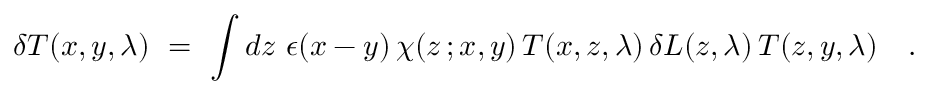
\delta T ( x , y , \lambda ) ~ = ~ \int d z ~ \epsilon ( x - y ) \, \chi ( z \, ; x , y ) \, T ( x , z , \lambda ) \, \delta L ( z , \lambda ) \, T ( z , y , \lambda ) ~ ~ ~ .